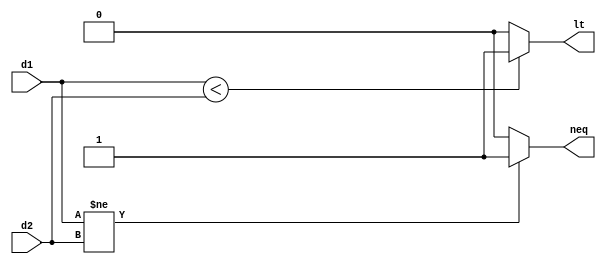
`timescale 1ns / 1ps
//////////////////////////////////////////////////////////////////////////////////
// Company: 
// Engineer: 
// 
// Design Name: 
// Module Name:    COMPARE 
// Project Name: 
// Target Devices: 
// Tool versions: 
// Description: 
//
// Dependencies: 
//
// Revision: 
// Revision 0.01 - File Created
// Additional Comments: 
//
//////////////////////////////////////////////////////////////////////////////////
module COMPARE (lt,neq,d1,d2);
	input [3:0] d1,d2;
	output lt,neq;
	
	assign lt = (d1<d2) ? 1'b1 : 1'b0;
	assign neq = (d1!=d2) ? 1'b1:1'b0;
	
endmodule